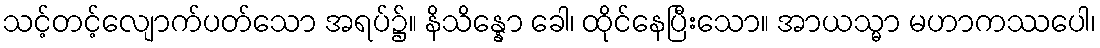
သင့်တင့်လျောက်ပတ်သော အရပ်၌။ နိသိန္နော ခေါ၊ ထိုင်နေပြီးသော။ အာယသ္မာ မဟာကဿပေါ၊